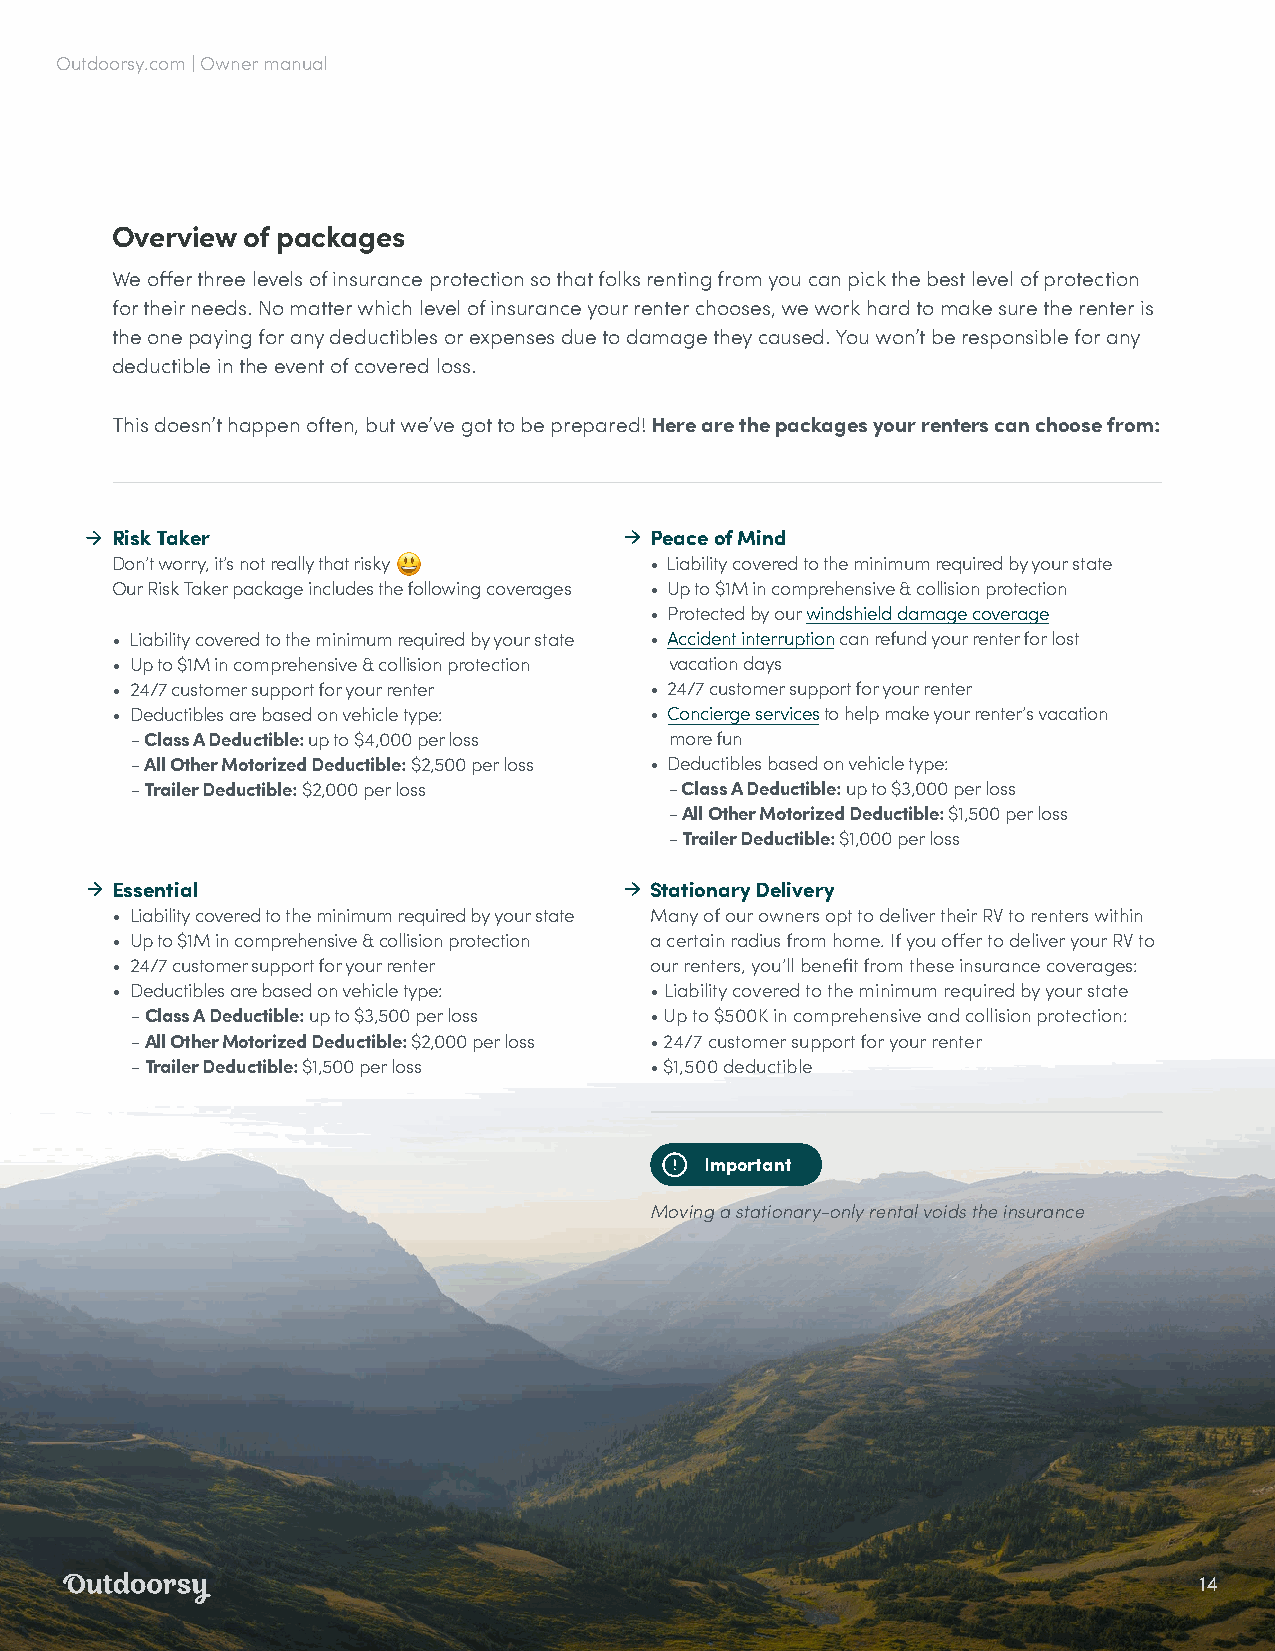
Outdoorsy.com | Owner manual
 Overview of packages
 We offer three levels of insurance protection so that folks renting from you can pick the best level of protection
 for their needs. No matter which level of insurance your renter chooses, we work hard to make sure the renter is
 the one paying for any deductibles or expenses due to damage they caused. You won’t be responsible for any
 deductible in the event of covered loss.
 This doesn’t happen often, but we’ve got to be prepared! Here are the packages your renters can choose from:
 Risk Taker                          Peace of Mind
 Don’t worry, it’s not really that risky 😃 • Liability covered to the minimum required by your state
 Our Risk Taker package includes the following coverages • Up to $1M in comprehensive & collision protection
 • Protected by our windshield damage coverage
 • Liability covered to the minimum required by your state • Accident interruption can refund your renter for lost
 • Up to $1M in comprehensive & collision protection vacation days
 • 24/7 customer support for your renter • 24/7 customer support for your renter
 • Deductibles are based on vehicle type: • Concierge services to help make your renter’s vacation
 - Class A Deductible: up to $4,000 per loss more fun
 - All Other Motorized Deductible: $2,500 per loss • Deductibles based on vehicle type:
 - Trailer Deductible: $2,000 per loss - Class A Deductible: up to $3,000 per loss
 - All Other Motorized Deductible: $1,500 per loss
 - Trailer Deductible: $1,000 per loss
 Essential                           Stationary Delivery
 • Liability covered to the minimum required by your state Many of our owners opt to deliver their RV to renters within
 • Up to $1M in comprehensive & collision protection a certain radius from home. If you offer to deliver your RV to
 • 24/7 customer support for your renter our renters, you’ll benefit from these insurance coverages:
 • Deductibles are based on vehicle type: • Liability covered to the minimum required by your state
 - Class A Deductible: up to $3,500 per loss • Up to $500K in comprehensive and collision protection:
 - All Other Motorized Deductible: $2,000 per loss • 24/7 customer support for your renter
 - Trailer Deductible: $1,500 per loss • $1,500 deductible
 Important
 Moving a stationary-only rental voids the insurance
 14